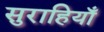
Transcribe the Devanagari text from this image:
सुराहियाँ